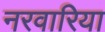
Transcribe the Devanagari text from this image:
नरवारिया